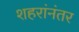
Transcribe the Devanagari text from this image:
शहरांनंतर